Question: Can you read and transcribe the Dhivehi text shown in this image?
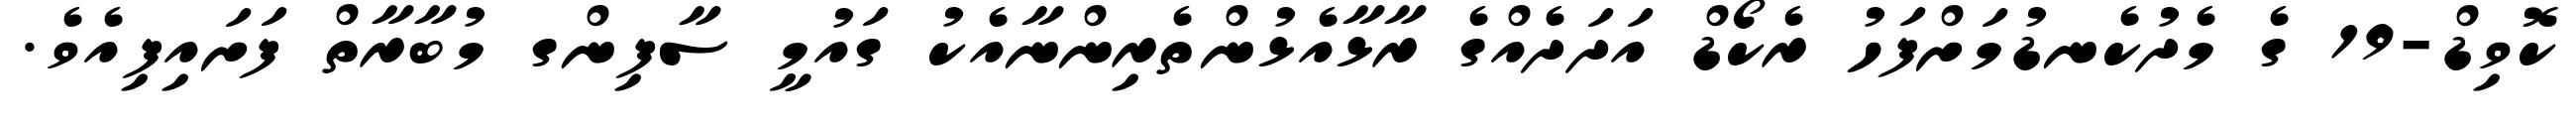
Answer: ކޮވިޑް-19 ގެ މެދުކެނޑުމަށްފަހު ރެކޯޑް އަދަދެއްގެ ރާޅާއެޅުންތެރިންނާއެކު ގައުމީ ސާފިންގ މުބާރާތް ފަށައިފިއެވެ.